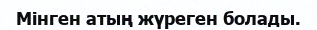
Мінген атың жүреген болады.